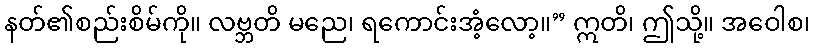
နတ်၏စည်းစိမ်ကို။ လဗ္ဘတိ မညေ၊ ရကောင်းအံ့လော့။” ဣတိ၊ ဤသို့။ အဝေါစ၊